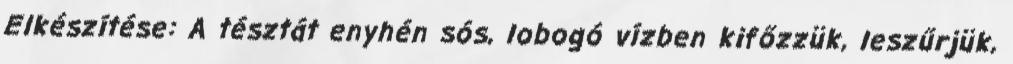
Elkészítése: A tésztát enyhén sós, lobogó vízben kifőzzük, leszűrjük,